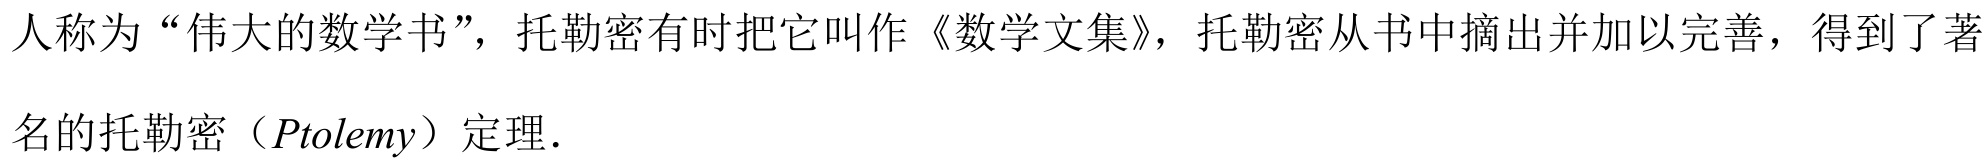
人称为“伟大的数学书”，托勒密有时把它叫作《数学文集》，托勒密从书中摘出并加以完善，得到了著

名的托勒密（\(Ptolemy\)）定理．